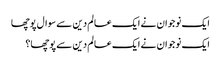
ایک نوجوان نے ایک عالم دین سے سوال پوچھا
ایک نوجوان نے ایک عالم دین سے پوچھا؟